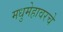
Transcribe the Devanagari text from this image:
मधुमेहावरचे